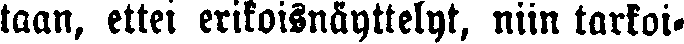
taan, ettei erikoisnäyttelyt, niin tarkoi-